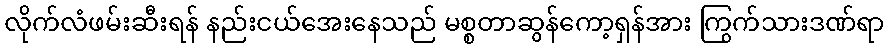
လိုက်လံဖမ်းဆီးရန် နည်းငယ်အေးနေသည် မစ္စတာဆွန်ကော့ရှန်အား ကြွက်သားဒဏ်ရာ